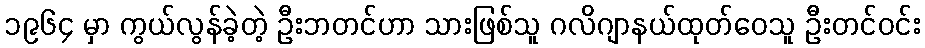
၁၉၆၄ မှာ ကွယ်လွန်ခဲ့တဲ့ ဦးဘတင်ဟာ သားဖြစ်သူ ဂလိဂျာနယ်ထုတ်ဝေသူ ဦးတင်ဝင်း